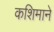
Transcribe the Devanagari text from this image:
कशिमाने